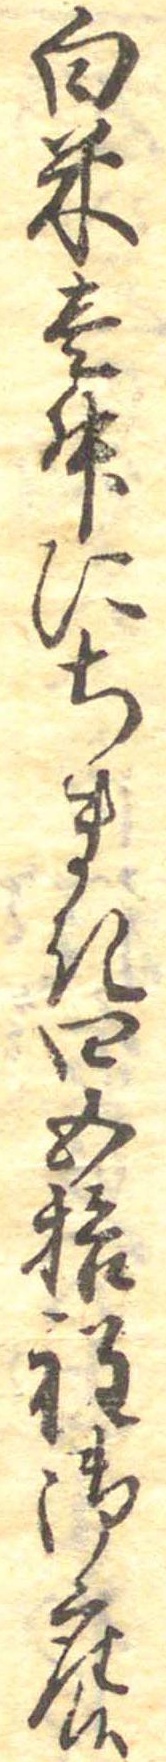
白米壱升にちまき四五拾程御座候